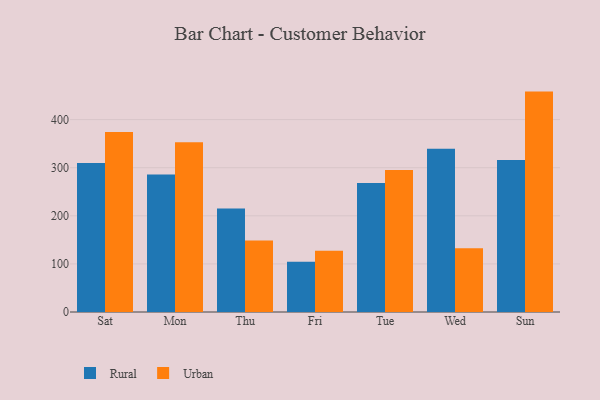
{"axis": {"x": "Day", "y": "Revenue (USD Million)"}, "legend": ["Rural", "Urban"], "data": [{"x": "Sat", "y": 309.8, "type": "Rural"}, {"x": "Sat", "y": 374.2, "type": "Urban"}, {"x": "Mon", "y": 285.7, "type": "Rural"}, {"x": "Mon", "y": 352.7, "type": "Urban"}, {"x": "Thu", "y": 215.1, "type": "Rural"}, {"x": "Thu", "y": 148.8, "type": "Urban"}, {"x": "Fri", "y": 104.5, "type": "Rural"}, {"x": "Fri", "y": 127.1, "type": "Urban"}, {"x": "Tue", "y": 268.1, "type": "Rural"}, {"x": "Tue", "y": 295.0, "type": "Urban"}, {"x": "Wed", "y": 339.6, "type": "Rural"}, {"x": "Wed", "y": 132.5, "type": "Urban"}, {"x": "Sun", "y": 316.1, "type": "Rural"}, {"x": "Sun", "y": 458.2, "type": "Urban"}]}